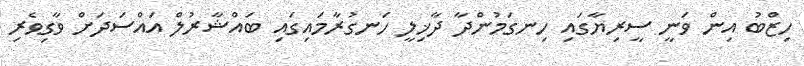
ހިޒްބު އިން ވަނީ ސީރިޔާގައި ހިނގަމުންދާ ދާޚިލީ ހަނގުރާމައިގައި ބައްޝާރުލް އައްސަދަށް ވާގިވެރި